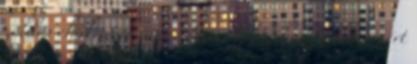
zöldes chakrától vagy? Nem tudja, hogy a társa ért